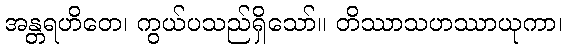
အန္တရဟိတေ၊ ကွယ်ပသည်ရှိသော်။ တိဿာသဟဿာယုကာ၊